Leaving Certificate Examination (including Day School Certificate (Higher) General paper), 1939
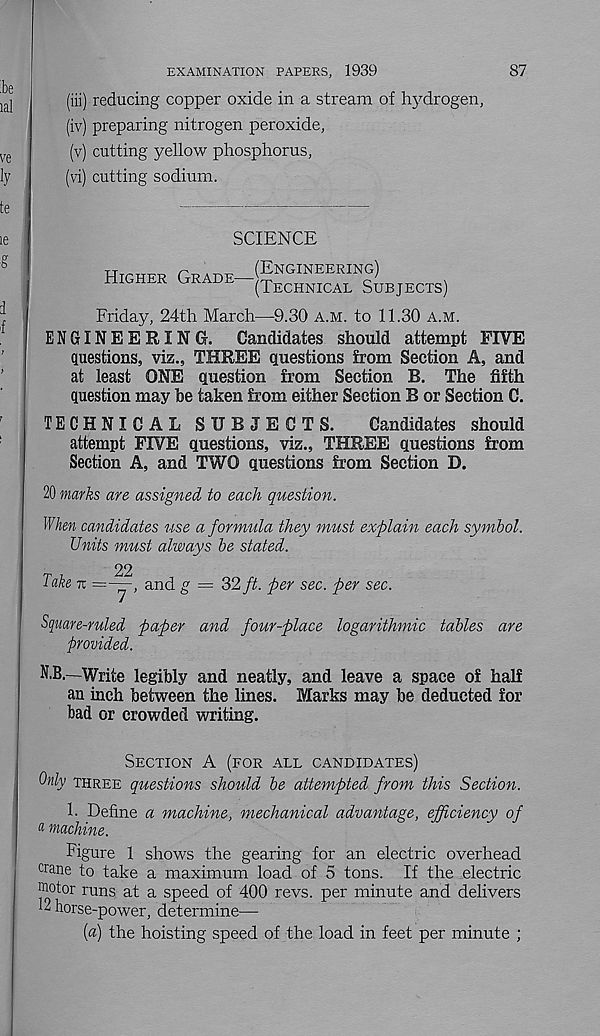
87
EXAMINATION PAPERS, 1939
(iii) reducing copper oxide in a stream of hydrogen,
(iv) preparing nitrogen peroxide,
(v) cutting yellow phosphorus,
(vi) cutting sodium.
SCIENCE
Higher Grade—
(Engineering)
(Technical Subjects)
Friday, 24th March—9.30 a.m. to 11.30 a.m.
ENGINEERING.
Candidates should attempt FIVE
questions, vis., THREE questions from Section A, and
at least ONE question from Section B. The fifth
question may he taken from either Section B or Section C.
TECHNICAL SUBJECTS.
Candidates should
attempt FIVE questions, viz., THREE questions from
Section A, and TWO questions from Section D.
20 marks are assigned to each question.
When candidates use a formula they must explain each symbol.
Units mtisl always be stated.
22
Take n =—, and g ~ 32 ft. per sec. per sec.
Square-ruled paper and four-place logarithmic tables are
provided.
N.B.—Write legibly and neatly, and leave a space of half
an inch between the lines. Marks may be deducted for
bad or crowded writing.
Section A (for all candidates)
Only three questions should be attempted from this Section.
1. Define a machine, mechanical advantage, efficiency of
* machine.
Figure 1 shows the gearing for an electric overhead
cr ane to take a maximum load of 5 tons. If the electric
Motor runs at a speed of 400 revs, per minute and delivers
H horse-power, determine—
[a) the hoisting speed of the load in feet per minute ;